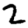
Digit: 2